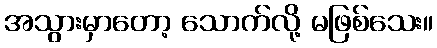
အသွားမှာတော့ သောက်လို့ မဖြစ်သေး။